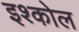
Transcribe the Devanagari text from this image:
इश्कोल